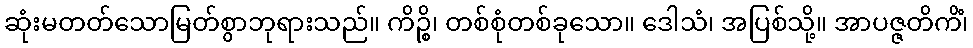
ဆုံးမတတ်သောမြတ်စွာဘုရားသည်။ ကိဉ္စိ၊ တစ်စုံတစ်ခုသော။ ဒေါသံ၊ အပြစ်သို့။ အာပဇ္ဇတိကိံ၊